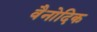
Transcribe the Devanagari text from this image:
वैनोदिक